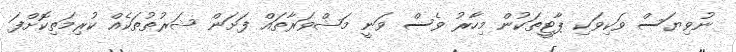
ނުވިޔަސް ވަކިވަކި ޕާޓީތަކުން މިހާރު ވެސް ވަނީ މަޝްވަރާތައް ފަށަން ޝަރުތުތަކެއް ކުރިމަތިކޮށްފަ